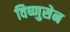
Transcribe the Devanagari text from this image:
विष्णुसेन